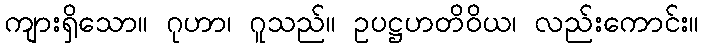
ကျားရှိသော။ ဂုဟာ၊ ဂူသည်။ ဥပဋ္ဌဟတိဝိယ၊ လည်းကောင်း။